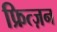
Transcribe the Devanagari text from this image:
फ्रित्ज़न